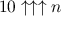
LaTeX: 1 0 \uparrow \uparrow \uparrow n